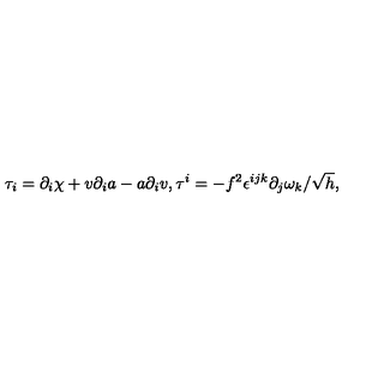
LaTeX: \tau _ { i } = \partial _ { i } \chi + v \partial _ { i } a - a \partial _ { i } v , \tau ^ { i } = - f ^ { 2 } \epsilon ^ { i j k } \partial _ { j } \omega _ { k } / \sqrt { h } ,